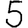
Digit: 5